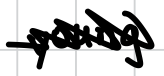
Text: young
Cross-out: zig-zag
Writing tool: digital_black